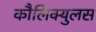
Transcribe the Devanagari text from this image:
कौलिक्युलस